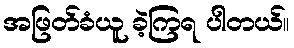
အဖြတ်ခံယူ ခဲ့ကြရ ပါတယ်။